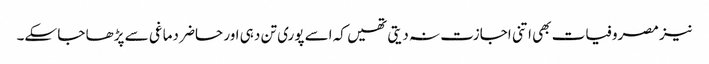
نیز مصروفیات بھی اتنی اجازت نہ دیتی تھیں کہ اسے پوری تن دہی اور حاضر دماغی سے پڑھا جا سکے۔